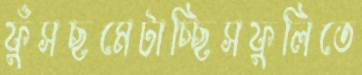
ফুঁসছমেটাচ্ছিসফুলিতে